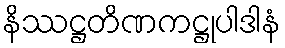
နိဿဋ္ဌတိဏကဋ္ဌုပါဒါနံ